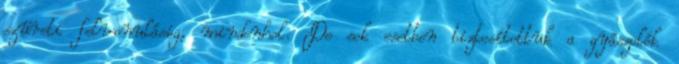
szüreti felvonulásig, mindenhol. De sok esetben biztosítottuk a gyászolók